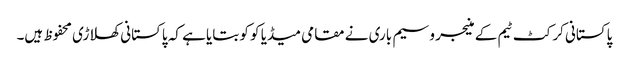
پاکستانی کرکٹ ٹیم کے منیجر وسیم باری نے مقامی میڈیا کو کو بتایا ہے کہ پاکستانی کھلاڑی محفوظ ہیں۔